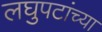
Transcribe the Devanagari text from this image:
लघुपटांच्या